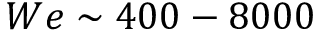
W e \sim 4 0 0 - 8 0 0 0